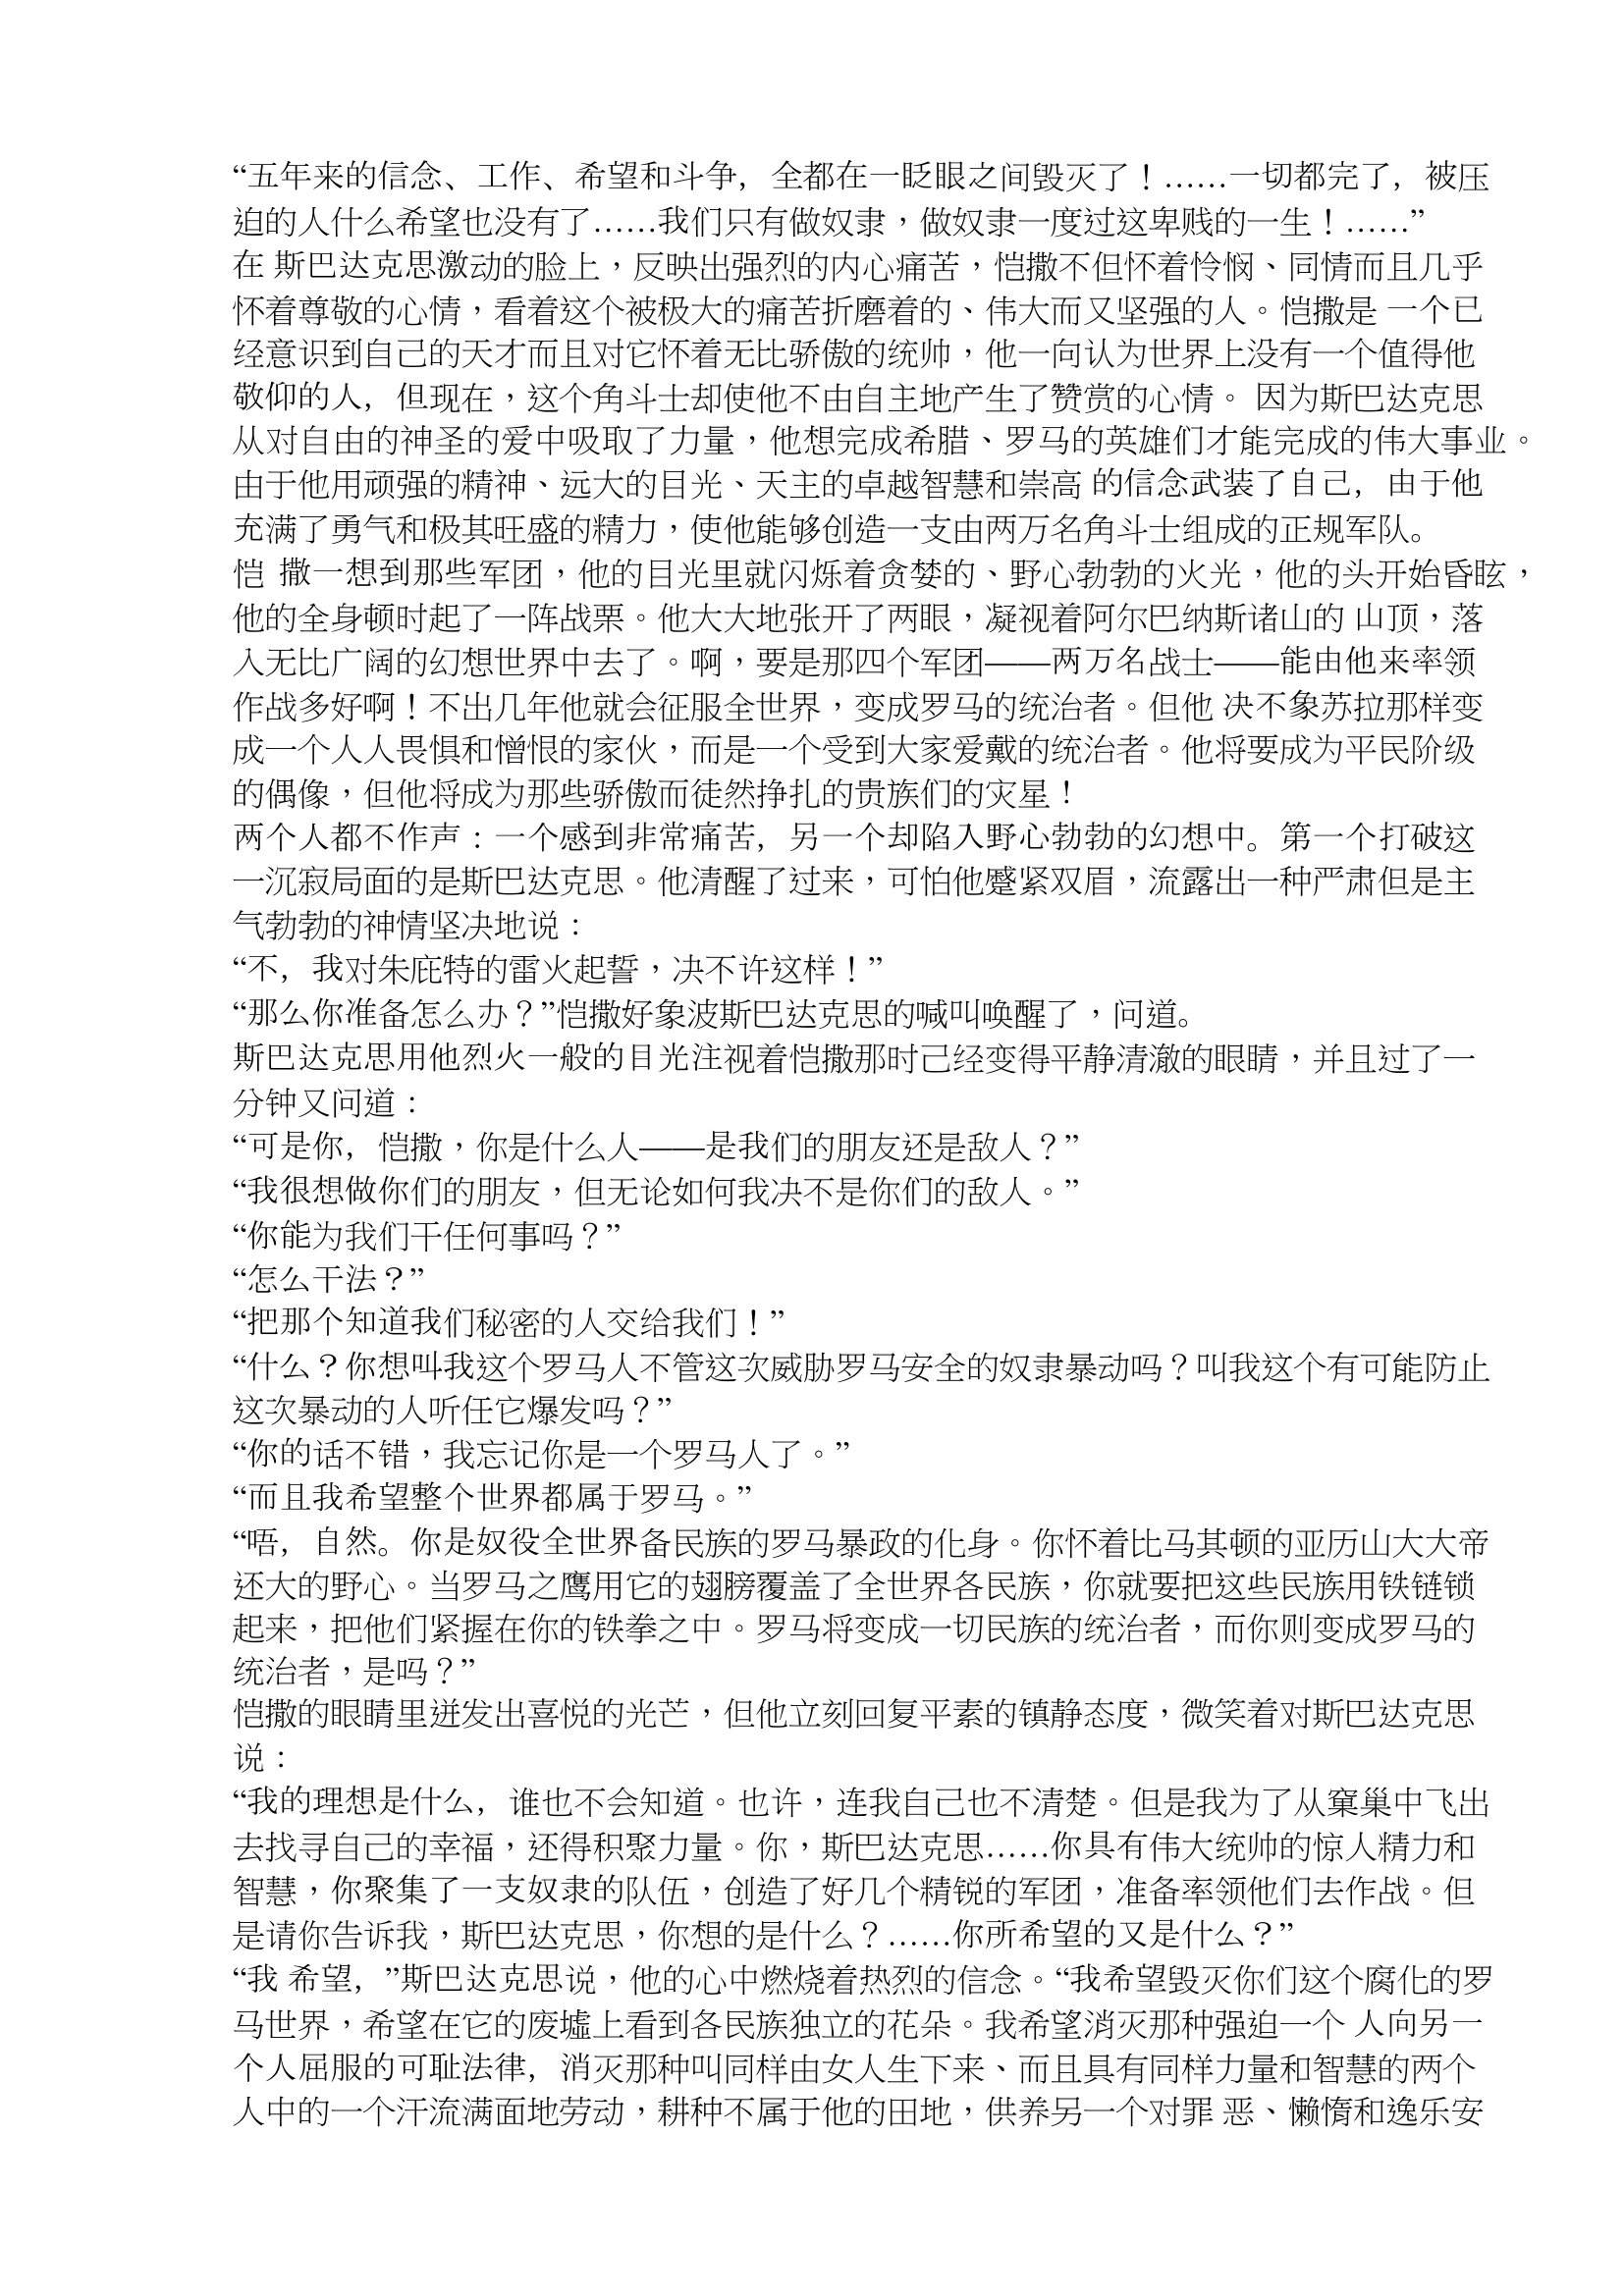
Language: zh